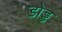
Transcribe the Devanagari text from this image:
डोड्ड